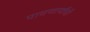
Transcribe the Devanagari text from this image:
पावणार्यांची